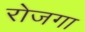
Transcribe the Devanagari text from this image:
रोजगा